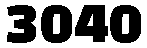
3040